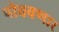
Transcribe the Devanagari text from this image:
पोचवणार